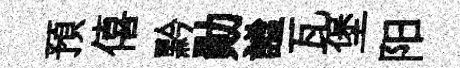
預僖黔勛謐瓦堡阳